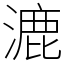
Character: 漉